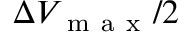
\Delta V _ { \mathrm { ~ m ~ a ~ x ~ } } / 2